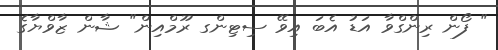
" ފޯން ރިންގްވާ އަޑު އެބަ އިވޭ ސިޓިންގ ރޫމްއިން" ޝާން ޒާވްޔާގެ